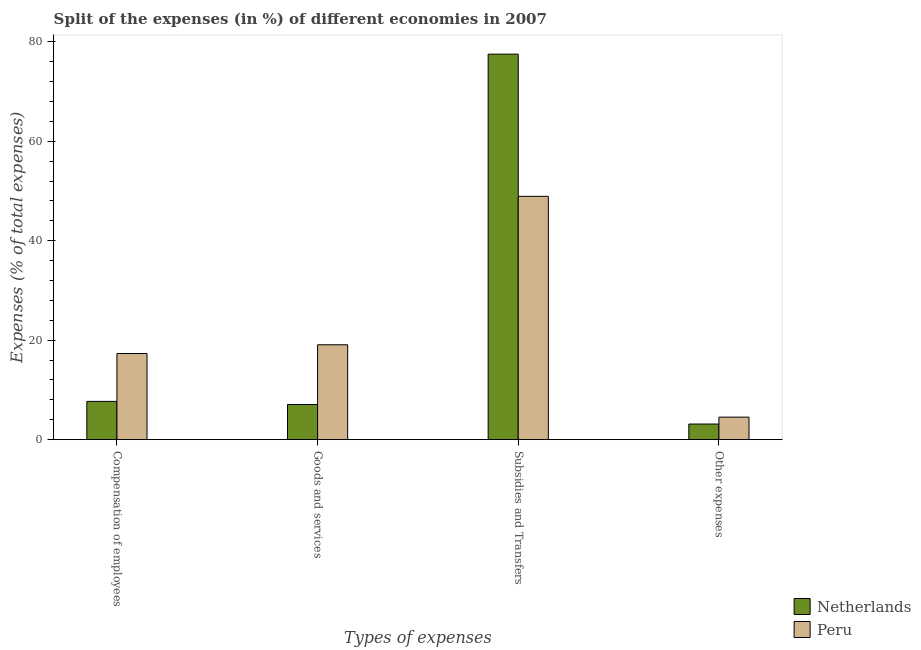
| Types of expenses | Netherlands | Peru |
 | --- | --- | --- |
 | Compensation of employees | 7.69 | 17.3 |
 | Goods and services | 7.06 | 19.1 |
 | Subsidies and Transfers | 77.5 | 48.9 |
 | Other expenses | 3.13 | 4.52 |